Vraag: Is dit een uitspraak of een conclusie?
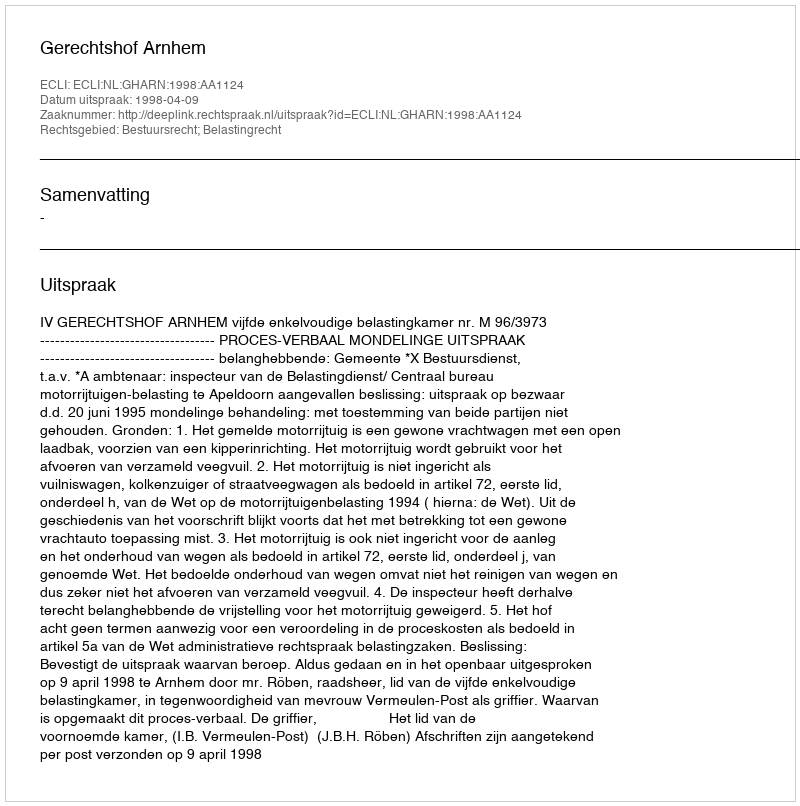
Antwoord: Uitspraak